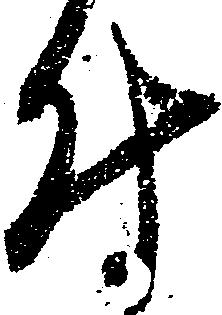
付